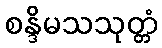
စန္ဒိမသသုတ္တံ